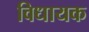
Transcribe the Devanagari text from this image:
विधायक